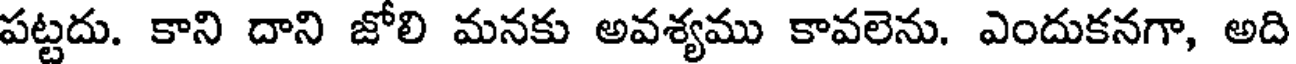
పట్టదు. కాని దాని జోలి మనకు అవశ్యము కావలెను. ఎందుకనగా, అది